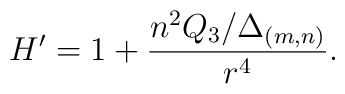
H' = 1 + \frac{n^2 Q_3/\Delta_{(m, n)}}{r^4}.